Annual administration and progress report of the Indian Medical Department, Bombay
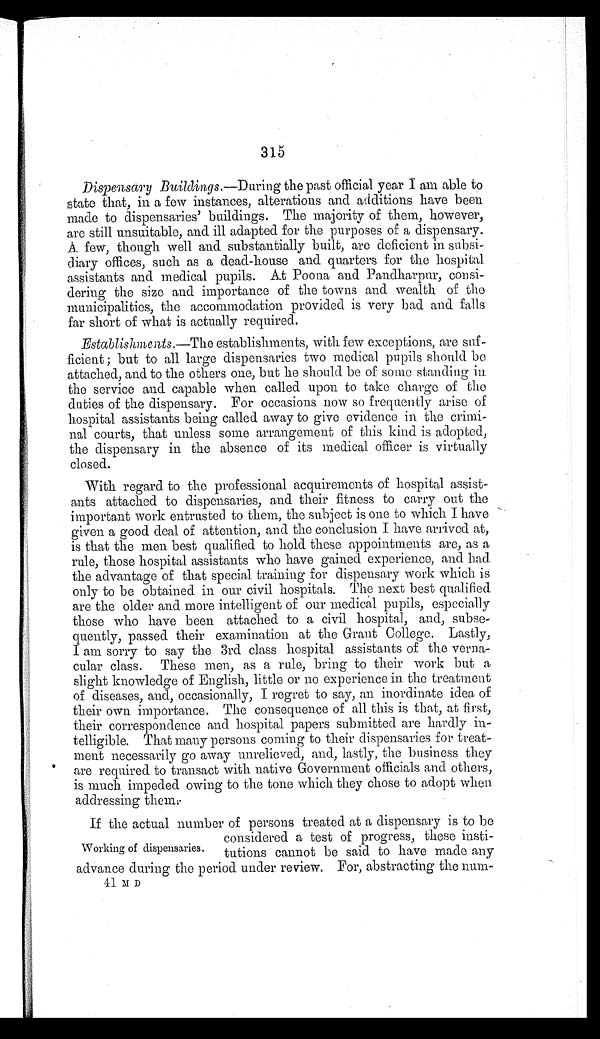
315
D i s p e n s a r y B u i l d i n g s
. — D u r i n g t h e p a s t o f f i c i a l y e a r I a m a b l e t o s t a t e t h a t , i n a f e w i n s t a n c e s , a l t e r a t i o n s a n d a d d i t i o n s h a v e b e e n m a d e t o d i s p e n s a r i e s ' b u i l d i n g s . T h e m a j o r i t y o f t h e m , h o w e v e r , a r e s t i l l u n s u i t a b l e , a n d i l l a d a p t e d f o r t h e p u r p o s e s o f a d i s p e n s a r y . A f e w , t h o u g h w e l l a n d s u b s t a n t i a l l y b u i l t , a r e d e f i c i e n t i n s u b s i - d i a r y o f f i c e s , s u c h a s a d e a d - h o u s e a n d q u a r t e r s f o r t h e h o s p i t a l a s s i s t a n t s a n d m e d i c a l p u p i l s . A t P o o n a a n d P a n d h a r p u r , c o n s i - d e r i n g t h e s i z e a n d i m p o r t a n c e o f t h e t o w n s a n d w e a l t h o f t h e m u n i c i p a l i t i e s , t h e a c c o m m o d a t i o n p r o v i d e d i s v e r y b a d a n d f a l l s f a r s h o r t o f w h a t i s a c t u a l l y r e q u i r e d .
E s t a b l i s h m e n t s
. — T h e e s t a b l i s h m e n t s , w i t h f e w e x c e p t i o n s , a r e s u f - f i c i e n t ; b u t t o a l l l a r g e d i s p e n s a r i e s t w o m e d i c a l p u p i l s s h o u l d b e a t t a c h e d , a n d t o t h e o t h e r s o n e , b u t h e s h o u l d b e o f s o m e s t a n d i n g i n t h e s e r v i c e a n d c a p a b l e w h e n c a l l e d u p o n t o t a k e c h a r g e o f t h e d u t i e s o f t h e d i s p e n s a r y . F o r o c c a s i o n s n o w s o f r e q u e n t l y a r i s e o f h o s p i t a l a s s i s t a n t s b e i n g c a l l e d a w a y t o g i v e e v i d e n c e i n t h e c r i m i - n a l c o u r t s , t h a t u n l e s s s o m e a r r a n g e m e n t o f t h i s k i n d i s a d o p t e d , t h e d i s p e n s a r y i n t h e a b s e n c e o f i t s m e d i c a l o f f i c e r i s v i r t u a l l y c l o s e d .
W i t h r e g a r d t o t h e p r o f e s s i o n a l a c q u i r e m e n t s o f h o s p i t a l a s s i s t - a n t s a t t a c h e d t o d i s p e n s a r i e s , a n d t h e i r f i t n e s s t o c a r r y o u t t h e i m p o r t a n t w o r k e n t r u s t e d t o t h e m , t h e s u b j e c t i s o n e t o w h i c h I h a v e g i v e n a g o o d d e a l o f a t t e n t i o n , a n d t h e c o n c l u s i o n I h a v e a r r i v e d a t , i s t h a t t h e m e n b e s t q u a l i f i e d t o h o l d t h e s e a p p o i n t m e n t s a r e , a s a r u l e , t h o s e h o s p i t a l a s s i s t a n t s w h o h a v e g a i n e d e x p e r i e n c e , a n d h a d t h e a d v a n t a g e o f t h a t s p e c i a l t r a i n i n g f o r d i s p e n s a r y w o r k w h i c h i s o n l y t o b e o b t a i n e d i n o u r c i v i l h o s p i t a l s . T h e n e x t b e s t q u a l i f i e d a r e t h e o l d e r a n d m o r e i n t e l l i g e n t o f o u r m e d i c a l p u p i l s , e s p e c i a l l y t h o s e w h o h a v e b e e n a t t a c h e d t o a c i v i l h o s p i t a l , a n d , s u b s e - q u e n t l y , p a s s e d t h e i r e x a m i n a t i o n a t t h e G r a n t C o l l e g e . L a s t l y , I a m s o r r y t o s a y t h e 3 r d c l a s s h o s p i t a l a s s i s t a n t s o f t h e v e r n a - c u l a r c l a s s . T h e s e m e n , a s a r u l e , b r i n g t o t h e i r w o r k b u t a s l i g h t k n o w l e d g e o f E n g l i s h , l i t t l e o r n o e x p e r i e n c e i n t h e t r e a t m e n t o f d i s e a s e s , a n d , o c c a s i o n a l l y , I r e g r e t t o s a y , a n i n o r d i n a t e i d e a o f t h e i r o w n i m p o r t a n c e .
If the actual number of persons treated at a dispensary is to be
considered a test of progress, these insti
-tutions cannot be said to have made any
advance during the period under review. For, abstracting the num-
41 M D
Working of dispensaries.